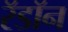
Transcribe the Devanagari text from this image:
रॅडॉन